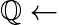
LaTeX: \mathbb{Q}\leftarrow